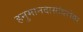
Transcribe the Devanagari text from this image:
हनुमानदासांबरोबर